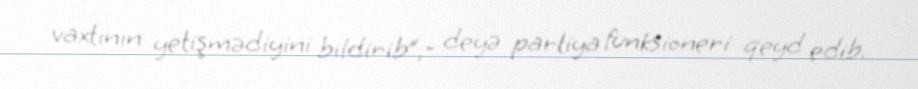
vaxtının yetişmədiyini bildirib”,- deyə partiya funksioneri qeyd edib.